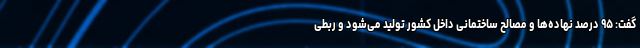
گفت: ۹۵ درصد نهاده‌ها و مصالح ساختمانی داخل کشور تولید می‌شود و ربطی